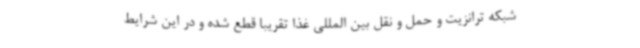
شبکه ترانزیت و حمل و نقل بین المللی غذا تقریباً قطع شده و در این شرایط